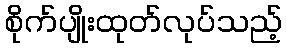
စိုက်ပျိုးထုတ်လုပ်သည့်